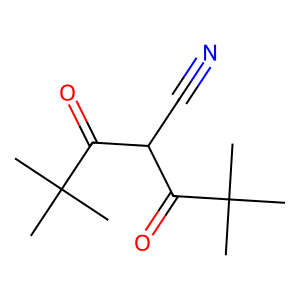
SMILES: CC(C)(C)C(=O)C(C#N)C(=O)C(C)(C)C
Inhibits HIV replication: No